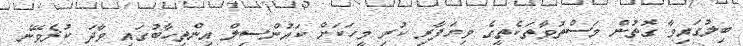
ބިލުގައިވާ ގޮތުން މަސްތުވާތަކެތީގެ ވިޔަފާރި ކުރި މީހަކަށް ކައުންސިލް އިންތިހާބުގައި ވާދަ ކުރެވޭނެ